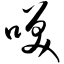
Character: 笑